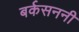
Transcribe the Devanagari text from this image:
बर्कसननी